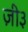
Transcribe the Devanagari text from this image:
ज़ी३